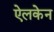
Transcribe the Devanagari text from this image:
ऐलकेन